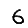
Digit: 6